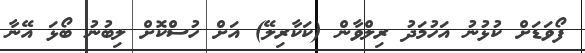
ފޯވަޑަށް ކުޅުނު އަހުމަދު ރިލްވާން (ކަކާރިލޭ) އަށް ހުސްކޮށް ލިބުނު ބޯޅަ އޭނާ